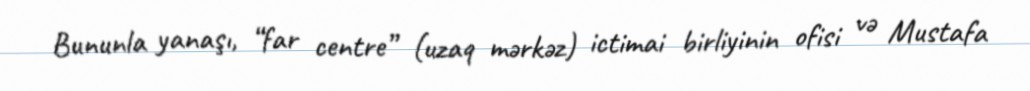
Bununla yanaşı, “far centre” (uzaq mərkəz) ictimai birliyinin ofisi və Mustafa